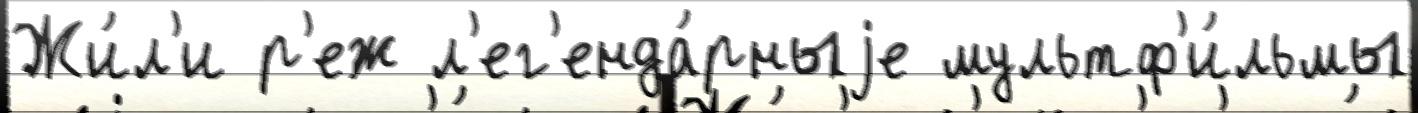
Жи́л'и р'еж л'ег'енда́рныjе мультф'и́льмы